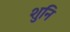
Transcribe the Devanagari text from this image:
शुनि